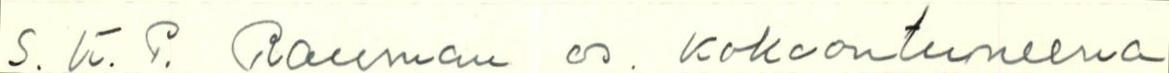
S. K. P. Rauman os. kokoontuneena